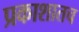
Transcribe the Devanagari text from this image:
प्रकाशातच